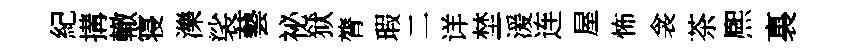
紀搆轍寝濼裟藝祕狱膂瑕二详埜湲连屋怖衾茶熈裏